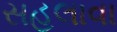
સહલાવા